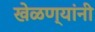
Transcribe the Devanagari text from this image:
खेळण्यांनी